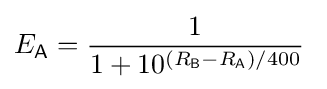
E_{\mathsf {A}}={\frac {1}{1+10^{(R_{\mathsf {B}}-R_{\mathsf {A}})/400}}}~